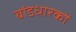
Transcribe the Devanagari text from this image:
बांडधारकों